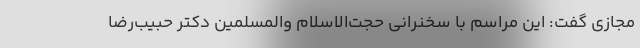
مجازی گفت: این مراسم با سخنرانی حجت‌الاسلام والمسلمین دکتر حبیب‌رضا